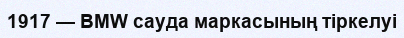
1917 — BMW сауда маркасының тіркелуі